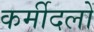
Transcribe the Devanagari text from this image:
कर्मीदलों